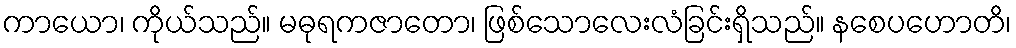
ကာယော၊ ကိုယ်သည်။ မဓုရကဇာတော၊ ဖြစ်သောလေးလံခြင်းရှိသည်။ နစေပဟောတိ၊